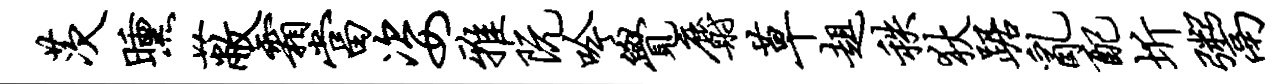
茨曛蔽霜当姿雅阮吟觉麝草趄秩狄踞乱配圻鬻